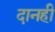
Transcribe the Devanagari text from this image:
दानही